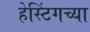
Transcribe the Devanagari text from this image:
हेस्टिंगच्या